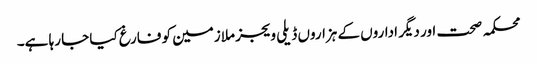
محکمہ صحت اور دیگر اداروں کے ہزاروں ڈیلی ویجز ملازمین کو فارغ کیا جا رہا ہے۔